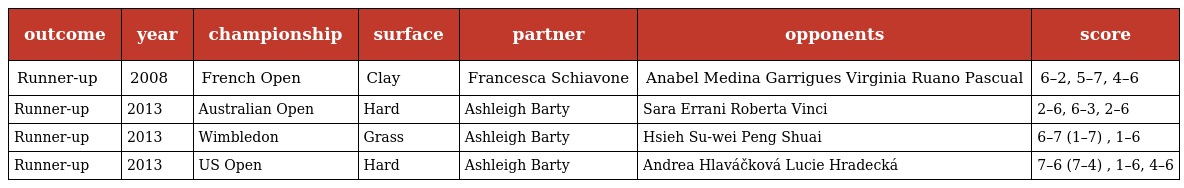
| outcome | year | championship | surface | partner | opponents | score |
 | --- | --- | --- | --- | --- | --- | --- |
 | Runner-up | 2008 | French Open | Clay | Francesca Schiavone | Anabel Medina Garrigues Virginia Ruano Pascual | 6–2, 5–7, 4–6 |
 | Runner-up | 2013 | Australian Open | Hard | Ashleigh Barty | Sara Errani Roberta Vinci | 2–6, 6–3, 2–6 |
 | Runner-up | 2013 | Wimbledon | Grass | Ashleigh Barty | Hsieh Su-wei Peng Shuai | 6–7 (1–7) , 1–6 |
 | Runner-up | 2013 | US Open | Hard | Ashleigh Barty | Andrea Hlaváčková Lucie Hradecká | 7–6 (7–4) , 1–6, 4–6 |